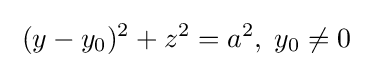
\;(y-y_{0})^{2}+z^{2}=a^{2},\;y_{0}\neq 0\;